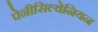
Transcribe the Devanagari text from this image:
पेनीसिल्वेनियन